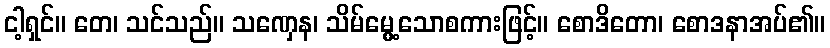
ငါ့ရှင်။ တေ၊ သင်သည်။ သဏှေန၊ သိမ်မွေ့သောစကားဖြင့်။ စောဒိတော၊ စောဒနာအပ်၏။